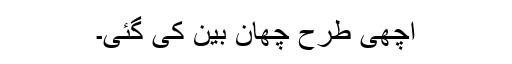
اچھی طرح چھان بین کی گئی۔